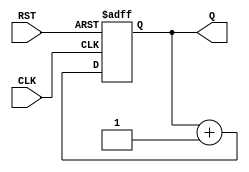
module async_reset_sync_counter #(
    parameter N = 4  // Define the width of the counter (default is 4 bits)
)(
    input wire CLK,   // Clock input
    input wire RST,   // Asynchronous reset input
    output reg [N-1:0] Q // Output current count value
);

    // Always block for the counter functionality
    always @(posedge CLK or posedge RST) begin
        if (RST) begin
            // Asynchronous reset: set counter to 0
            Q <= 0;
        end else begin
            // Synchronous counting: increment the counter
            Q <= Q + 1;
        end
    end

endmodule